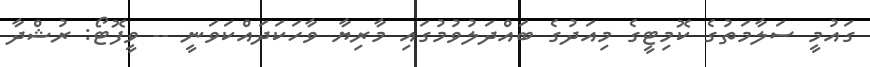
ގައުމީ ސަލާމަތުގެ ކޮމިޓީގެ މިއަދުގެ ބައްދަލުވުމުގައި މާރިޔާ ވާހަކަދައްކަވަނީ -- ވީފޮޓޯ: ރުޝްދާ